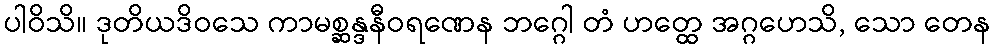
ပါဝိသိ။ ဒုတိယဒိဝသေ ကာမစ္ဆန္ဒနီဝရဏေန ဘဂ္ဂေါ တံ ဟတ္ထေ အဂ္ဂဟေသိ, သော တေန